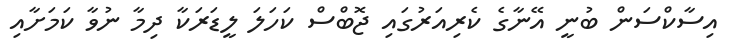
އިސާކްސަން ބުނީ އޭނާގެ ކެރިއަރުގައި ޖޮބްސް ކަހަލަ ލީޑަރަކާ ދިމާ ނުވާ ކަމަށާއި